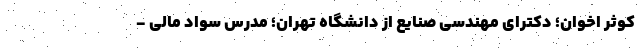
کوثر اخوان؛ دکترای مهندسی صنایع از دانشگاه تهران؛ مدرس سواد مالی -